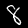
Label: 8